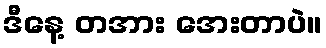
ဒီနေ့ တအား အေးတာပဲ။